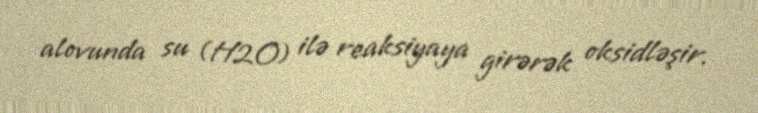
alovunda su (H2O) ilə reaksiyaya girərək oksidləşir.